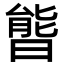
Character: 𣉘